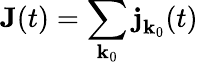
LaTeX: \textbf{J}(t)=\sum_{\textbf{k}_{0}}\textbf{j}_{\textbf{k}_{0}}(t)